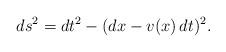
LaTeX: \begin{align*}ds^2=dt^2-(dx-v(x)\, dt)^2.\end{align*}